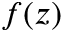
f ( z )